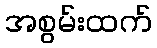
အစွမ်းထက်